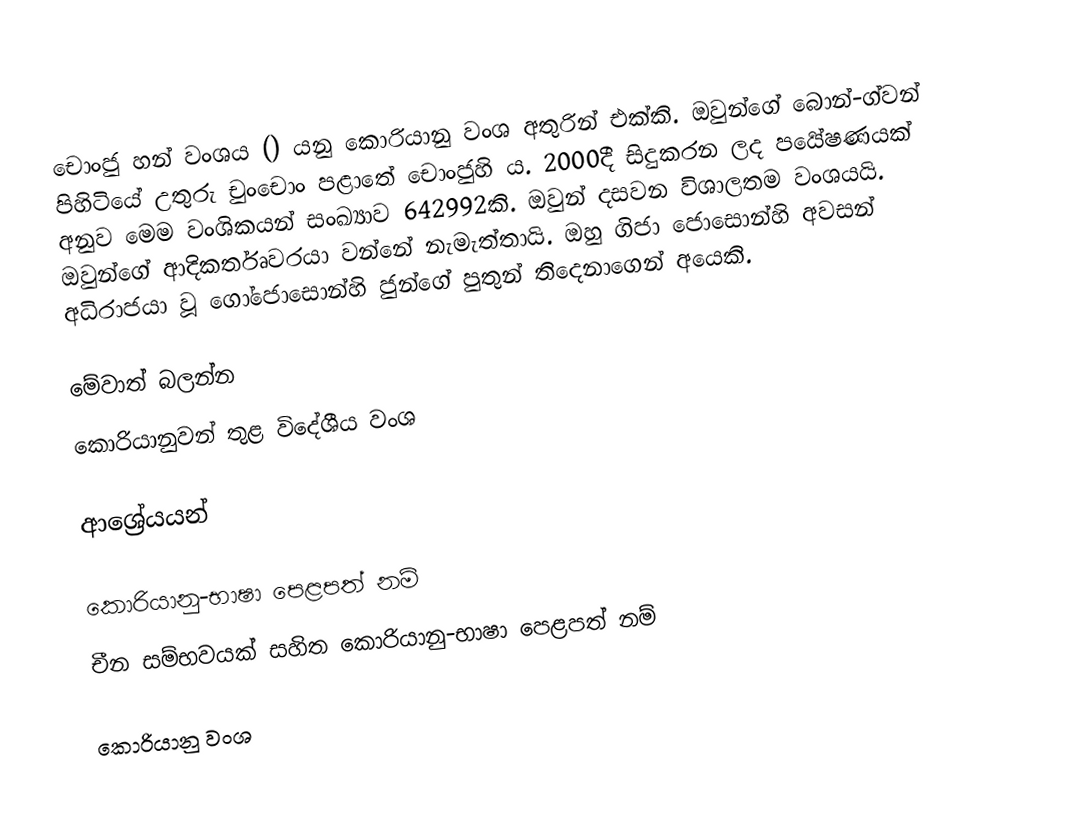
චොංජු හන් වංශය () යනු කොරියානු වංශ අතුරින් එක්කි.  ඔවුන්ගේ බොන්-ග්වන් පිහිටියේ උතුරු චුංචොං පළාතේ චොංජුහි ය. 2000දී සිදුකරන ලද පර්‍යේෂණයක් අනුව මෙම වංශිකයන් සංඛ්‍යාව 642992කි. ඔවුන් දසවන විශාලතම වංශයයි. ඔවුන්ගේ ආදිකර්තෘවරයා වන්නේ  නැමැත්තායි. ඔහු ගිජා ජොසොන්හි අවසන් අධිරාජයා වූ ගෝජොසොන්හි ජුන්ගේ පුතුන් තිදෙනාගෙන් අයෙකි.

මේවාත් බලන්න
 කොරියානුවන් තුළ විදේශීය වංශ

ආශ්‍රේයයන්

කොරියානු-භාෂා පෙළපත් නම්
චීන සම්භවයක් සහිත කොරියානු-භාෂා පෙළපත් නම්

කොරියානු වංශ